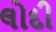
લોદી